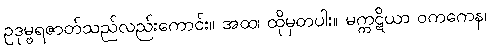
ဥဒုမ္ဗရဇာတ်သည်လည်းကောင်း။ အထ၊ ထိုမှတပါး။ မက္ကဋိယာ ဝကကေန၊